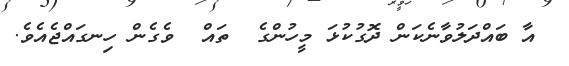
އާ ބައްދަލުވާނެކަން ދޮގުކުޅަ މީހުންގެ  ތައް  ވެގެން ހިނގައްޖެއެވެ.